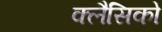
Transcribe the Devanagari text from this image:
क्लैसिको